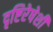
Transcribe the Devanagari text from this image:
दृष्टिरेषेशी